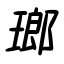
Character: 瑯